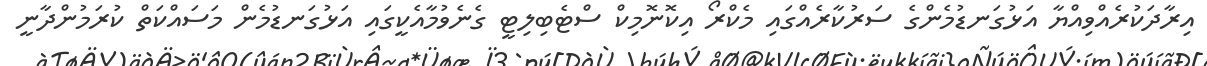
އިރާދަކުރެއްވިއްޔާ އަޅުގަނޑުމެންގެ ސަރުކާރެއްގައި މެކްރޯ އިކޮނޮމިކް ސްޓެބިލިޓީ ގެނެވުމާއެކީގައި އަޅުގަނޑުމެން މަސައްކަތް ކުރަމުންދާނީ